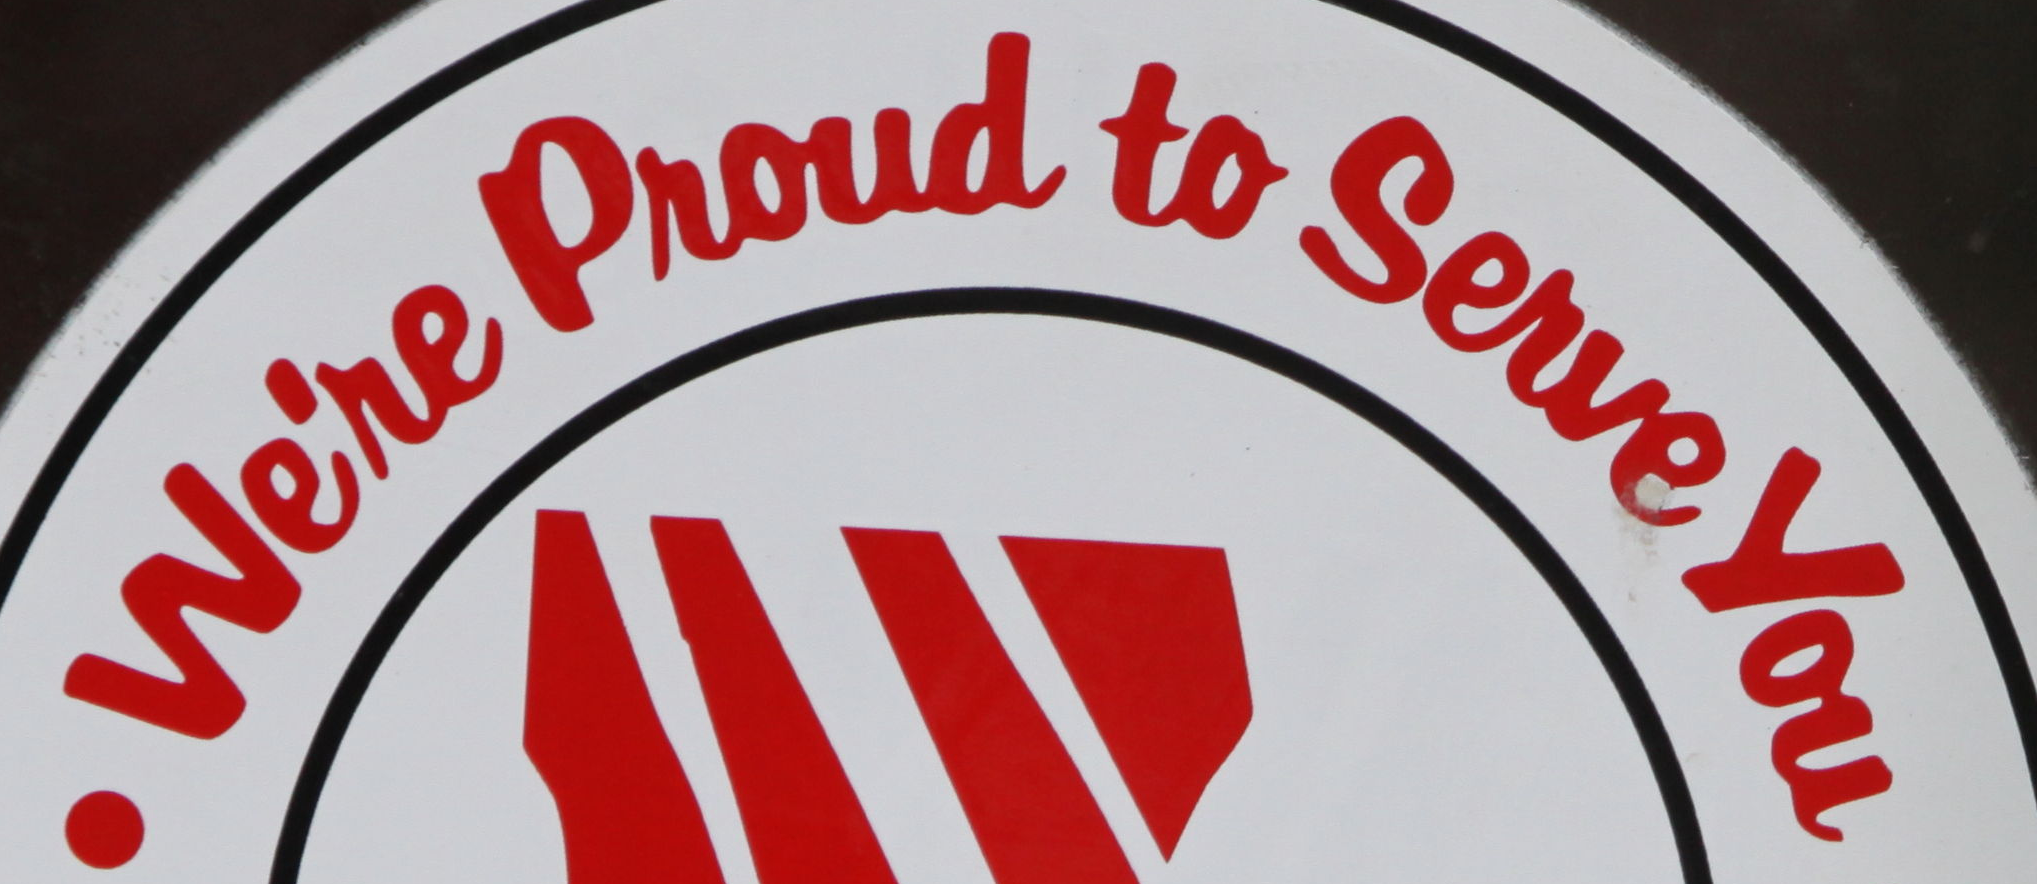
We're Proud to Serve You